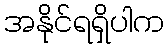
အနိုင်ရရှိပါက